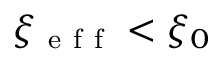
\xi _ { \mathrm { ~ e ~ f ~ f ~ } } < \xi _ { 0 }